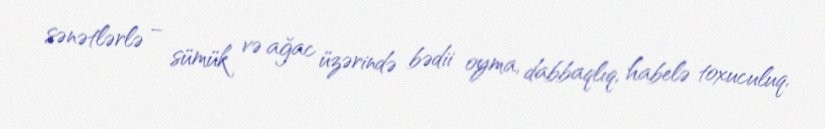
sənətlərlə – sümük və ağac üzərində bədii oyma, dabbaqlıq, habelə toxuculuq,